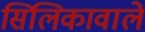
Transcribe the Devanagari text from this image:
सिलिकावाले